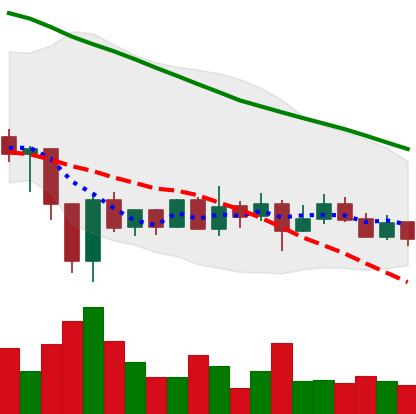
Ticker: ADA-USD
Chart end date: 2020-01-02
Forward return: 13.117%
Label: up_7plus